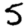
Digit: 5